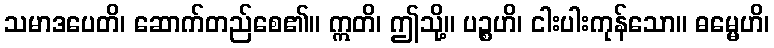
သမာဒပေတိ၊ ဆောက်တည်စေ၏။ ဣတိ၊ ဤသို့။ ပဉ္စဟိ၊ ငါးပါးကုန်သော။ ဓမ္မေဟိ၊